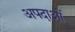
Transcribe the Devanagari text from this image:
अपदाओं